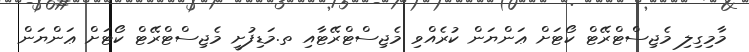
މާމިގިލި މެޖިސްޓްރޭޓް ކޯޓަށް ޢަންޔަން ކުރެއްވި މެޖިސްޓްރޭޓާއި ތ.މަޑިފުށީ މެޖިސްޓްރޭޓް ކޯޓަށް ޢަންޔަން